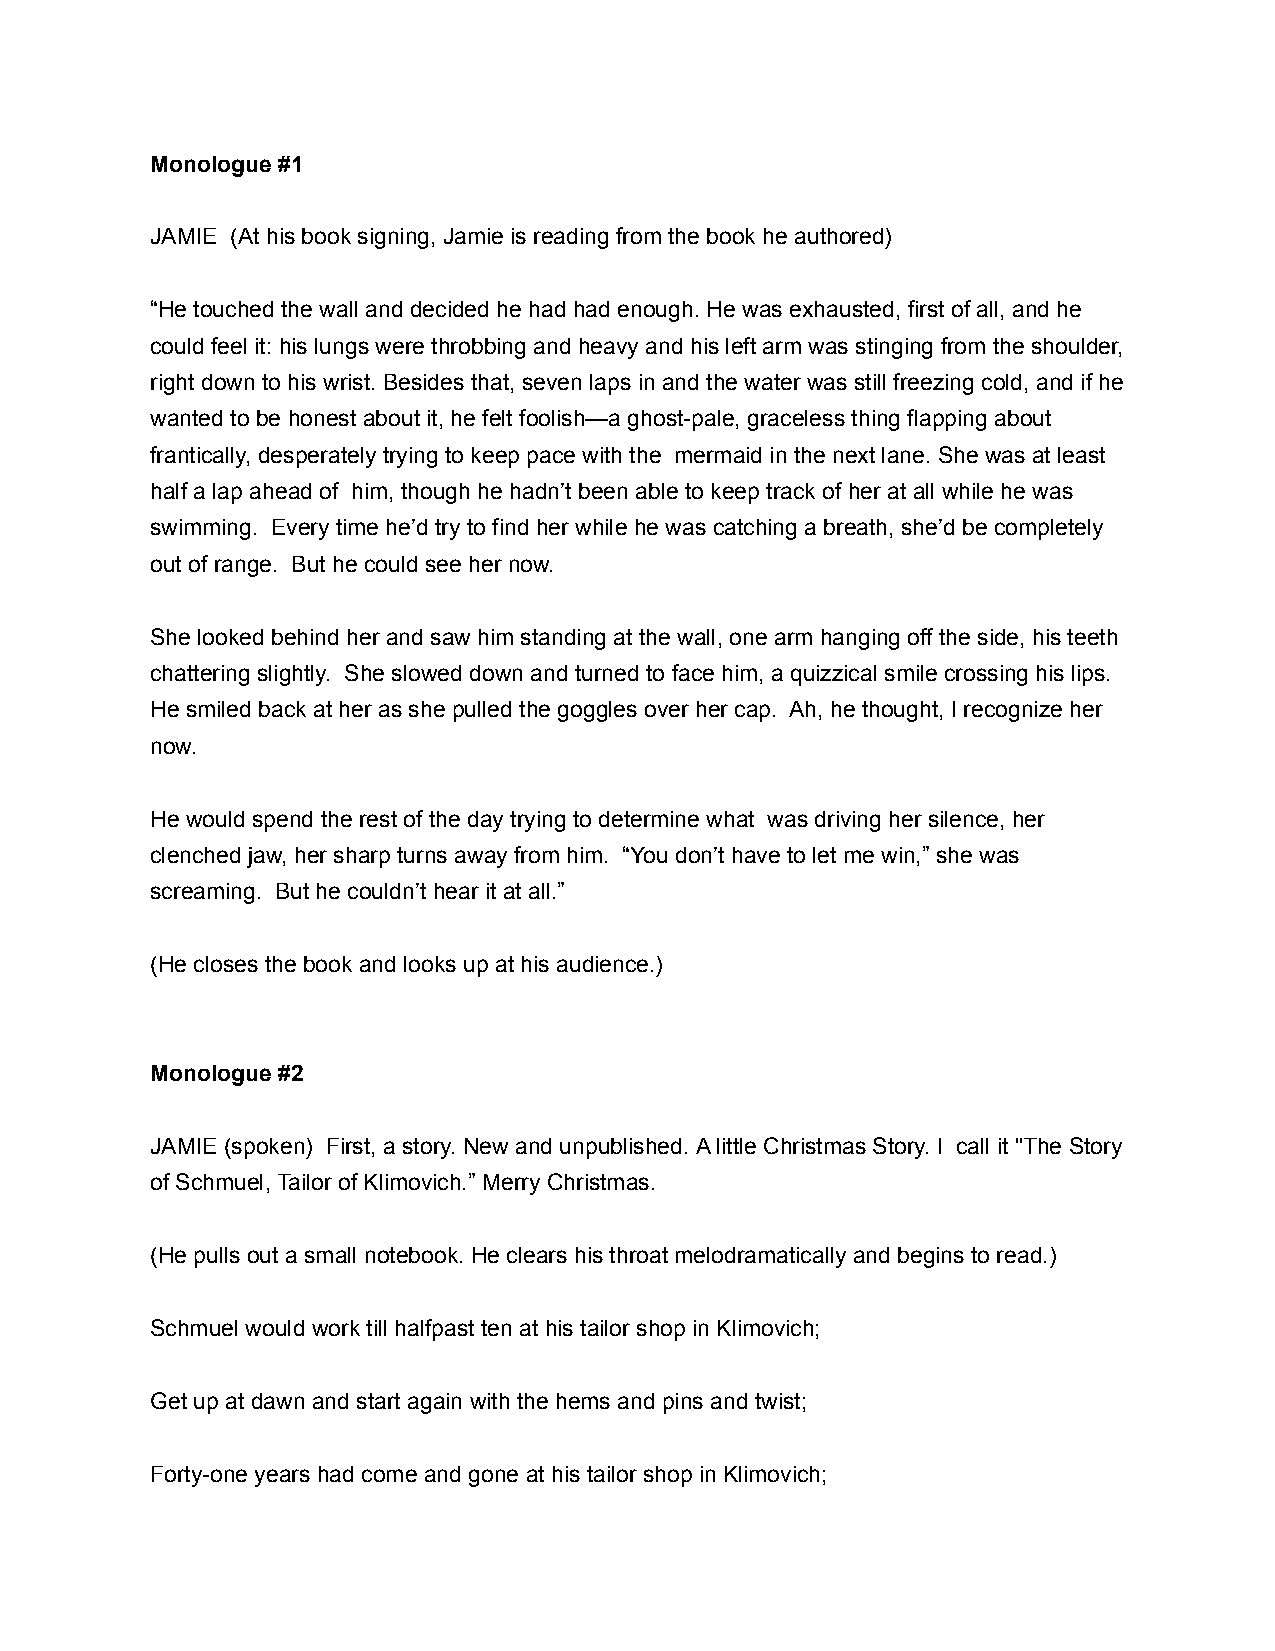
Monologue #1
 JAMIE (At his book signing, Jamie is reading from the book he authored)
 “He touched the wall and decided he had had enough. He was exhausted, first of all, and he
 could feel it: his lungs were throbbing and heavy and his left arm was stinging from the shoulder,
 right down to his wrist. Besides that, seven laps in and the water was still freezing cold, and if he
 wanted to be honest about it, he felt foolish—a ghost-pale, graceless thing flapping about
 frantically, desperately trying to keep pace with the mermaid in the next lane. She was at least
 half a lap ahead of him, though he hadn’t been able to keep track of her at all while he was
 swimming. Every time he’d try to find her while he was catching a breath, she’d be completely
 out of range. But he could see her now.
 She looked behind her and saw him standing at the wall, one arm hanging off the side, his teeth
 chattering slightly. She slowed down and turned to face him, a quizzical smile crossing his lips.
 He smiled back at her as she pulled the goggles over her cap. Ah, he thought, I recognize her
 now.
 He would spend the rest of the day trying to determine what was driving her silence, her
 clenched jaw, her sharp turns away from him. “You don’t have to let me win,” she was
 screaming. But he couldn’t hear it at all.”
 (He closes the book and looks up at his audience.)
 Monologue #2
 JAMIE (spoken) First, a story. New and unpublished. A little Christmas Story. I call it "The Story
 of Schmuel, Tailor of Klimovich.” Merry Christmas.
 (He pulls out a small notebook. He clears his throat melodramatically and begins to read.)
 Schmuel would work till half past ten at his tailor shop in Klimovich;
 Get up at dawn and start again with the hems and pins and twist;
 Forty -one years had come and gone at his tailor shop in Klimovich;